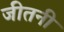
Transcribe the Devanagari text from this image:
जीतनी